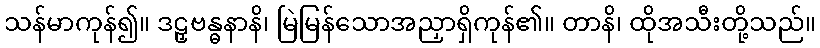
သန်မာကုန်၍။ ဒဠှဗန္ဓနာနိ၊ မြဲမြန်သောအညှာရှိကုန်၏။ တာနိ၊ ထိုအသီးတို့သည်။